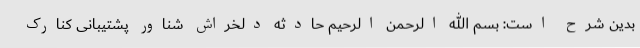
بدین شرح است: بسم الله الرحمن الرحیم حادثه دلخراش شناور پشتیبانی کنارک